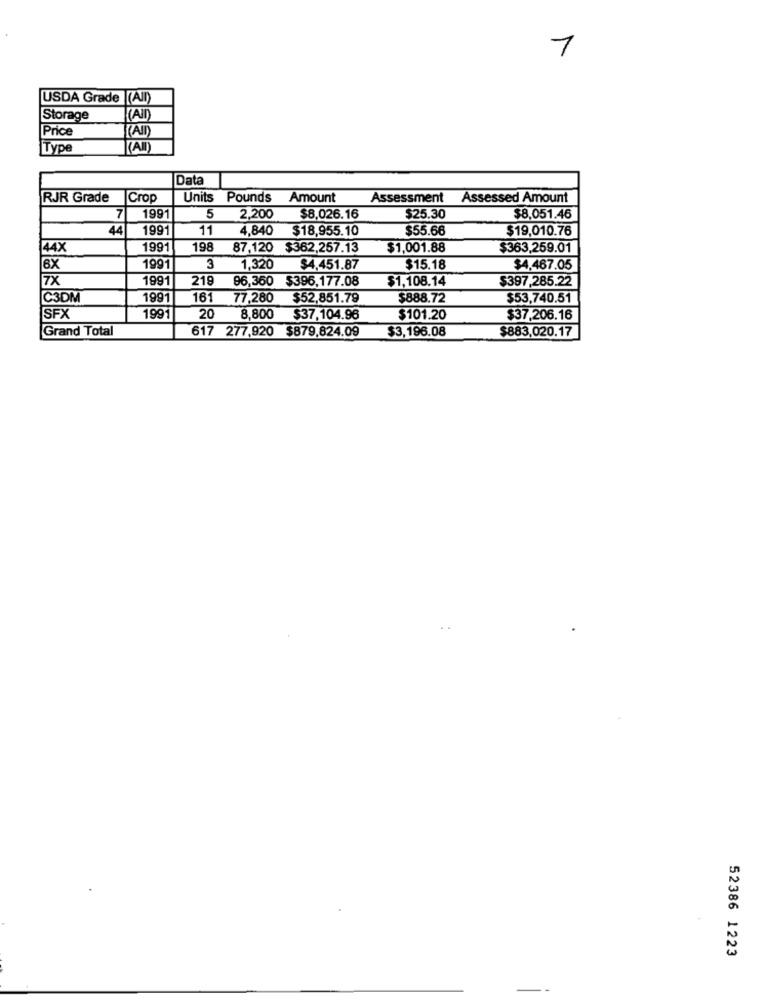
1
USDA Grade (All)
Storage
(AII)
Price
KAIn)
|Type
KAIl)
Data
RJR Grade
|Crop
Units Pounds
Amount
Assessment
Assessed Amount
7
1991
5
2.200
$8,026.16
$25.30
$8,051.46
44
1991
11
4,840
$18,955.10
$55.66
$19,010.76
144X
1991
198
87,120 $362.257.13
$1,001.88
$363,259.01
6X
1991
3
1.320
$4,451.87
$15.18
$4,467.05
7X
1991
219
96,360 $396.177.08
$1,108.14
$397,285.22
C3DM
1991
161
77,280
$52,851.79
$888.72
$53,740.51
20
SFX
1991
8,800
$37,104.96
$101.20
$37,206.16
Grand Total
617 277,920 $879,824.09
$3,196.08
$883,020.17
52386 1223